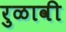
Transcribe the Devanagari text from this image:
रुळावी